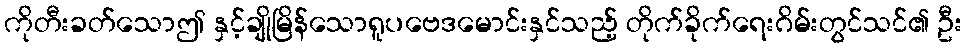
ကိုတီးခတ်သောဤ နှင့်ချိုမြိန်သောရူပဗေဒမောင်းနှင်သည့် တိုက်ခိုက်ရေးဂိမ်းတွင်သင်၏ ဦး